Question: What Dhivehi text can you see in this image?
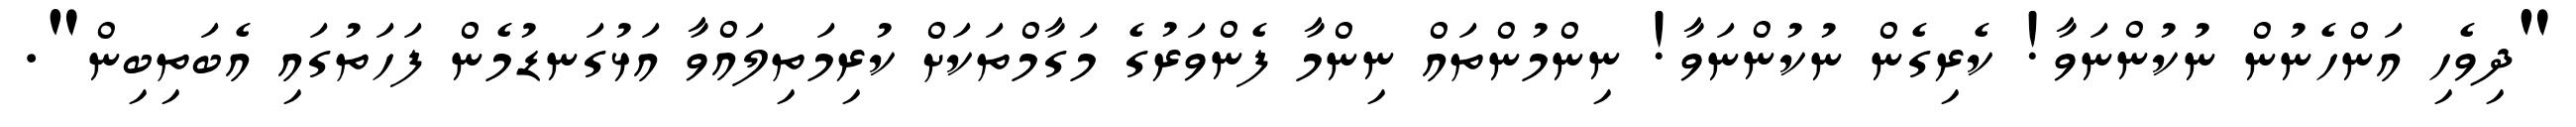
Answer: "ދިވެހި އަންހެނުން ނުކުންނަވާ! ކެރިގެން ނުކުންނަވާ! ނިންމުންތައް ނިންމާ ފެންވަރުގެ މަގާމްތަކަށް ކުރިމަތިލައްވާ އަޅުގަނޑުމެން ފަހަތުގައި އެބަތިބިން".